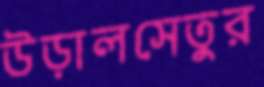
উড়ালসেতুর